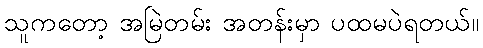
သူကတော့ အမြဲတမ်း အတန်းမှာ ပထမပဲရတယ်။